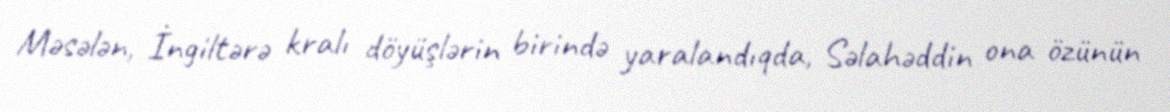
Məsələn, İngiltərə kralı döyüşlərin birində yaralandıqda, Səlahəddin ona özünün